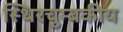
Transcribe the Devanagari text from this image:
स्थिरचुम्बकीय